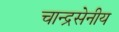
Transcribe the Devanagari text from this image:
चान्द्रसेनीय